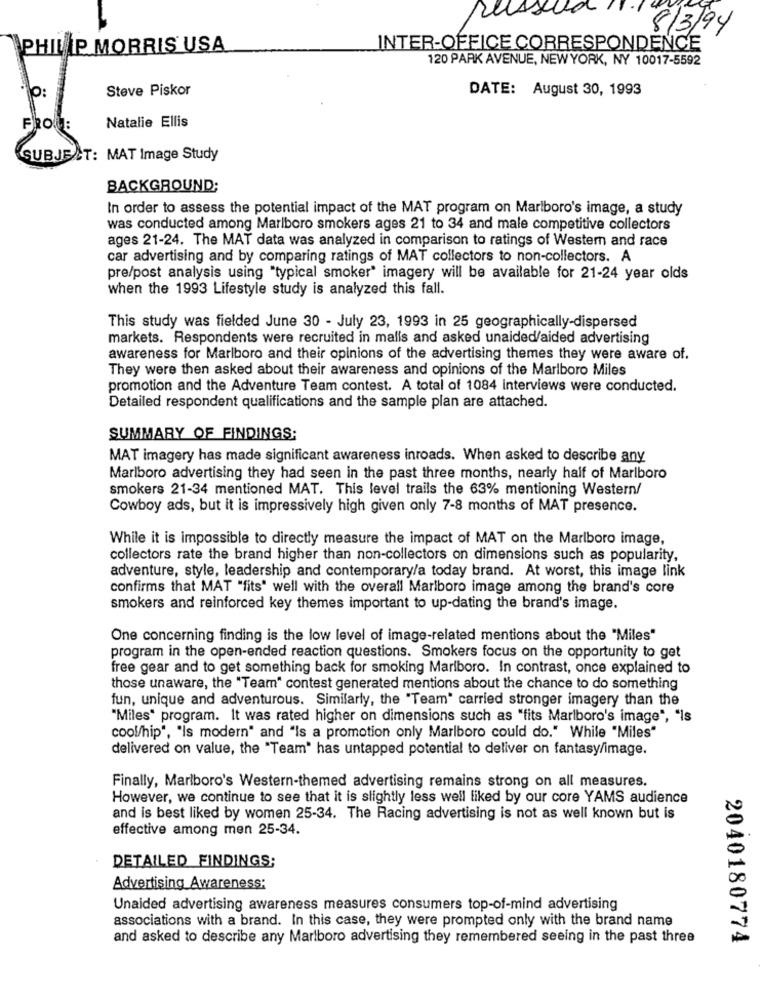
a
8/3/94
PHILIP MORRIS USA
INTER-OFFICE CORRESPONDENCE
120 PARK AVENUE, NEW YORK, NY 10017-5592
10:
Steve Piskor
DATE: August 30, 1993
Natalie Ellis
FROM:
SUBJECT: MAT Image Study
BACKGROUND;
In order to assess the potential impact of the MAT program on Marlboro's image, a study
was conducted among Marlboro smokers ages 21 to 34 and male competitive collectors
ages 21-24. The MAT data was analyzed in comparison to ratings of Western and race
car advertising and by comparing ratings of MAT collectors to non-collectors. A
pre/post analysis using "typical smoker" imagery will be available for 21-24 year olds
when the 1993 Lifestyle study is analyzed this fall.
This study was fielded June 30 - July 23, 1993 in 25 geographically-dispersed
markets. Respondents were recruited in malls and asked unaided/aided advertising
awareness for Marlboro and their opinions of the advertising themes they were aware of.
They were then asked about their awareness and opinions of the Marlboro Miles
promotion and the Adventure Team contest. A total of 1084 interviews were conducted.
Detailed respondent qualifications and the sample plan are attached.
SUMMARY OF FINDINGS;
MAT imagery has made significant awareness inroads. When asked to describe any
Marlboro advertising they had seen in the past three months, nearly half of Marlboro
smokers 21-34 mentioned MAT. This level trails the 63% mentioning Western/
Cowboy ads, but it is impressively high given only 7-8 months of MAT presence.
While it is impossible to directly measure the impact of MAT on the Marlboro image,
collectors rate the brand higher than non-collectors on dimensions such as popularity,
adventure, style, leadership and contemporary/a today brand. At worst, this image link
confirms that MAT "fits" well with the overall Marlboro image among the brand's core
smokers and reinforced key themes important to up-dating the brand's image.
One concerning finding is the low level of image-related mentions about the "Miles"
program in the open-ended reaction questions. Smokers focus on the opportunity to get
free gear and to get something back for smoking Marlboro. In contrast, once explained to
those unaware, the "Team" contest generated mentions about the chance to do something
fun, unique and adventurous. Similarly, the "Team' carried stronger imagery than the
"Miles" program. It was rated higher on dimensions such as "fits Marlboro's image", "Is
cool/hip", "Is modern" and "Is a promotion only Marlboro could do." While "Miles"
delivered on value, the "Team" has untapped potential to deliver on fantasy/image.
Finally, Marlboro's Western-themed advertising remains strong on all measures.
However, we continue to see that it is slightly less well liked by our core YAMS audience
and is best liked by women 25-34. The Racing advertising is not as well known but is
effective among men 25-34.
DETAILED FINDINGS:
Advertising Awareness:
Unaided advertising awareness measures consumers top-of-mind advertising
associations with a brand. In this case, they were prompted only with the brand name
and asked to describe any Marlboro advertising they remembered seeing in the past three
2040180774